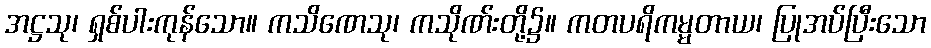
အဋ္ဌသု၊ ရှစ်ပါးကုန်သော။ ကသိဏေသု၊ ကသိုဏ်းတို့၌။ ကတပရိကမ္မတာယ၊ ပြုအပ်ပြီးသော